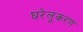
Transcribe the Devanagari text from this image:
घरेलूकरण